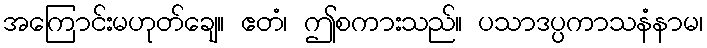
အကြောင်းမဟုတ်ချေ။ ဧတံ၊ ဤစကားသည်။ ပသာဒပ္ပကာသနံနာမ၊